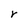
Character: r